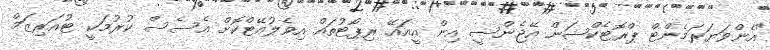
"އެންވަޔަރަމެންޓް ޕްރޮޓެކްޝަން އޭޖެންސީ އިން އީއައޭ ރިޕޯޓުތައް އިވެލުއޭޓްކޮށް އެސެސް ކުރުމަކީ ޓުއަރިޒަމް